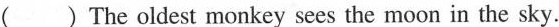
( ) The oldest monkey sees the moon in the sky.